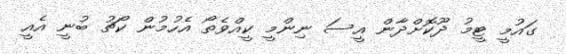
ގައުމީ ޓީމު ދޫކޮށްދާން އީސަ ނިންމީ ކީއްވެތޯ އެހުމުން ކޯޗު ބުނީ އެއީ